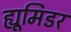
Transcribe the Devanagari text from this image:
ह्यूमिडर